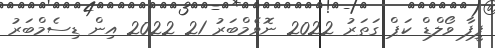
ފީފާ ވޯލްޑް ކަޕް ގަތަރު 2022 ނޮވެމްބަރު 21 2022 އިން ޑިސެމްބަރު